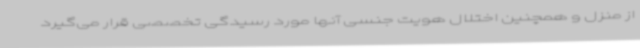
از منزل و همچنین اختلال هویت جنسی آنها مورد رسیدگی تخصصی قرار می‌گیرد